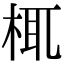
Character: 㭯